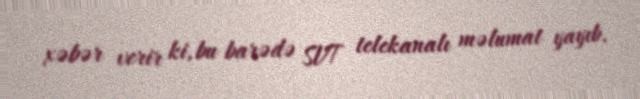
xəbər verir ki, bu barədə SVT telekanalı məlumat yayıb.